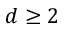
d \ge 2